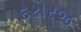
દરોરજ